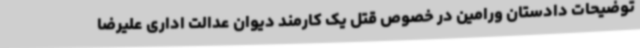
توضیحات دادستان ورامین در خصوص قتل یک کارمند دیوان عدالت اداری علیرضا